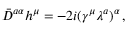
\bar { D } ^ { a \alpha } h ^ { \mu } = - 2 i ( \gamma ^ { \mu } \lambda ^ { a } ) ^ { \alpha } \, ,